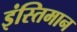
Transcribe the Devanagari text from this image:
इंस्तिमान